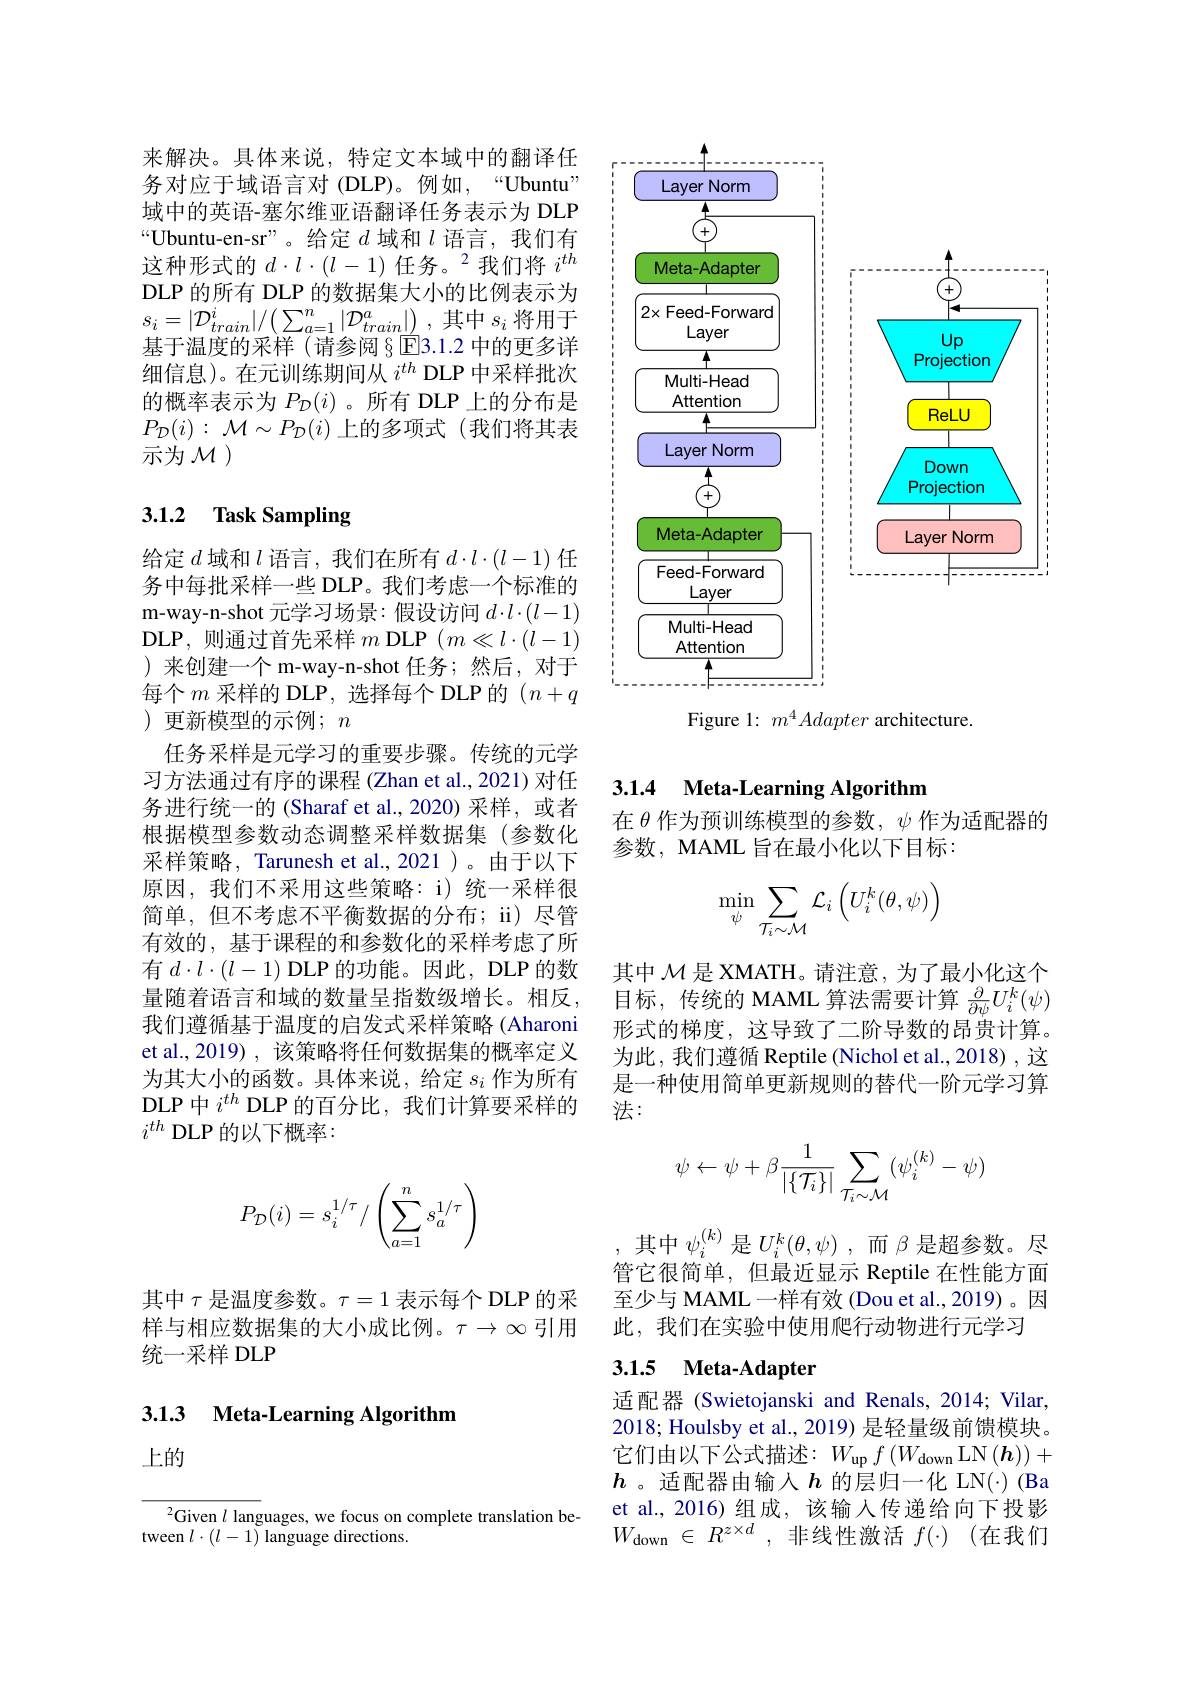
来解决。具体来说，特定文本域中的翻译任务对应于域语言对 (DLP)。例如，“Ubuntu” 域中的英语-塞尔维亚语翻译任务表示为 DLP “Ubuntu-en-sr”。给定$d$域和$l$语言，我们有这种形式的$d\cdot l\cdot(l-1)\text{任务。}^2$我们将$i^{th}$ DLP 的所有 DLP 的数据集大小的比例表示为$s_{i}=|\mathcal{D}_{train}^{i}|/\left(\sum_{a=1}^{n}|\mathcal{D}_{train}^{a}|\right)$,其中$s_i$将用于基于温度的采样(请参阅§E3.1.2 中的更多详细信息)。在元训练期间从$i^{th}$ DLP 中采样批次的概率表示为$P_{\mathcal{D}}(i)$ 。所有 DLP 上的分布是$P_{\mathcal{D}}(i):\mathcal{M}\sim P_{\mathcal{D}}(i)$上的多项式 (我们将其表示为$\mathcal{M}$ )

# 3.1.2 Task Sampling

给定$d$域和$l$语言，我们在所有$d\cdot l\cdot(l-1)$任务中每批采样一些 DLP。我们考虑一个标准的m-way-n-shot 元学习场景：假设访问$d\cdot l\cdot(l-1)$ ${\mathrm{DLP,~则通过首先采样~}m\mathrm{~DLP~}}(m\ll l\cdot(l-1)$ )来创建一个 m-way-n-shot 任务；然后，对于每个$m$ 采样的 DLP,选择每个 DLP 的 $(n+q$ ) 更新模型的示例；$n$
任务采样是元学习的重要步骤。传统的元学习方法通过有序的课程 (Zhan et al., 2021) 对任务进行统一的(Sharaf et al.,2020)采样，或者根据模型参数动态调整采样数据集(参数化采样策略，Tarunesh et al., 2021 )。由于以下原因，我们不采用这些策略：i)统一采样很简单，但不考虑不平衡数据的分布；ii) 尽管有效的，基于课程的和参数化的采样考虑了所有$d\cdot l\cdot(l-1)$ DLP 的功能。因此，DLP 的数量随着语言和域的数量呈指数级增长。相反， 我们遵循基于温度的启发式采样策略 (Aharoni et al.,2019),该策略将任何数据集的概率定义为其大小的函数。具体来说，给定$s_i$作为所有DLP 中$i^{th}$ DLP 的百分比，我们计算要采样的$i^{th}$ DLP 的以下概率：
$$P_{\mathcal{D}}(i)=s_i^{1/\tau}/\left(\sum_{a=1}^ns_a^{1/\tau}\right)$$
其中$\tau$是温度参数。$\tau=1$表示每个 DLP 的采样与相应数据集的大小成比例。$\tau\to\infty$引用统一采样 DLP

3.1.3 Meta-Learning Algorithm

上的

$^{2}$Given $l$ languages, we focus on complete translation be-
tween $l\cdot(l-1)$ language directions.

<FigureHere>
Figure 1: $m^4Adapter$ architecture.

### 3.1.4 Meta-Learning Algorithm

在$\theta$作为预训练模型的参数，$\psi$作为适配器的
参数，MAML 旨在最小化以下目标：
$$\min\limits_{\psi}\sum\limits_{\mathcal{T}_i\sim\mathcal{M}}\mathcal{L}_i\left(U_i^k(\theta,\psi)\right)$$
其中$\mathcal{M}$是 XMATH。请注意，为了最小化这个目标，传统的 MAML 算法需要计算$\frac\partial{\partial\psi}U_i^k(\psi)$ 形式的梯度，这导致了二阶导数的昂贵计算。为此，我们遵循 Reptile (Nichol et al., 2018) , 这是一种使用简单更新规则的替代一阶元学习算法：
$$\psi\leftarrow\psi+\beta\dfrac{1}{|\{\mathcal{T}_i\}|}\sum_{\mathcal{T}_i\sim\mathcal{M}}(\psi_i^{(k)}-\psi)$$
其中$\psi_i^{(k)}$是$U_i^k(\theta,\psi)$ ,而$\beta$是超参数。尽管它很简单，但最近显示 Reptile 在性能方面至少与 MAML 一样有效 (Dou et al.,2019)。因此，我们在实验中使用爬行动物进行元学习

### 3.1.5 Meta-Adapter

适配器 (Swietojanski and Renals, 2014; Vilar, 2018; Houlsby et al., 2019) 是轻量级前馈模块。它们由以下公式描述：$W_\mathrm{up}f\left(W_\mathrm{down}\operatorname{LN}\left(\boldsymbol{h}\right)\right)+$ $h$ 。适配器由输入$h$的层归一化 LN(·)(Ba et al.,2016)组成，该输入传递给向下投影$W_{\mathrm{down}}\in R^{z\times d}$,非线性激活$f(\cdot)$(在我们